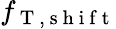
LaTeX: f_{\mathrm{~T~},\mathrm{~s~h~i~f~t~}}